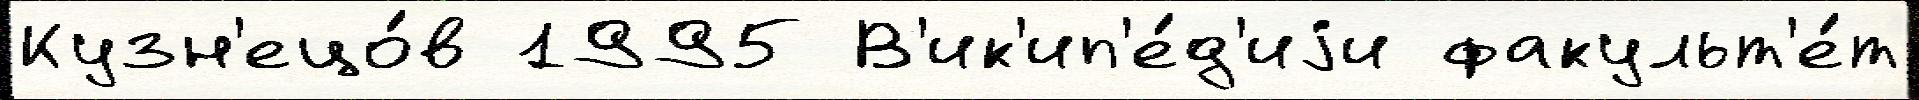
Кузн'ецо́в 1995 В'ик'ип'е́д'иjи факульт'е́т